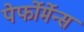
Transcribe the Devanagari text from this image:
पेर्फोर्मेन्स